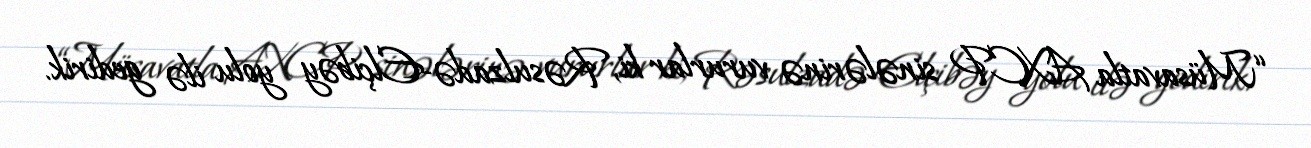
“Müsavatla AXCP sinələrinə vururlar ki, Rəsulzadə-Elçibəy yolu ilə gedirik.